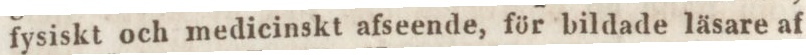
fysiskt och medicinskt afseende, för bildade läsare af